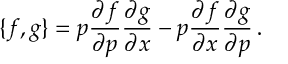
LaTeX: { \{ f , g \} } = p \frac { \partial f } { \partial p } \frac { \partial g } { \partial x } - p \frac { \partial f } { \partial x } \frac { \partial g } { \partial p } \, .